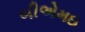
બીએમઇ